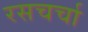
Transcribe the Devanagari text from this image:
रसचर्चा